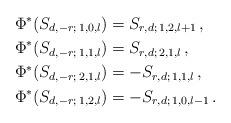
LaTeX: \begin{align*} \Phi^* (S_{d,-r;\,1,0,l}) & = S_{r,d;\,1,2,l+1}\,, \\ \Phi^* (S_{d,-r;\,1,1,l}) & = S_{r,d;\,2,1,l}\,, \\ \Phi^* (S_{d,-r;\,2,1,l}) & = -S_{r,d;\,1,1,l}\,, \\ \Phi^* (S_{d,-r;\,1,2,l}) & = -S_{r,d;\,1,0,l-1}\,. \end{align*}